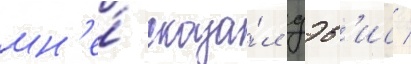
мн'е́ сказа́л дэв'ис /